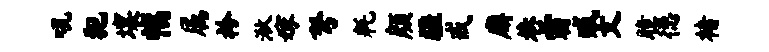
吼犯壤幅属衿湫嫁弩耗颜疆戒廨巷霜臧文瞳德楮